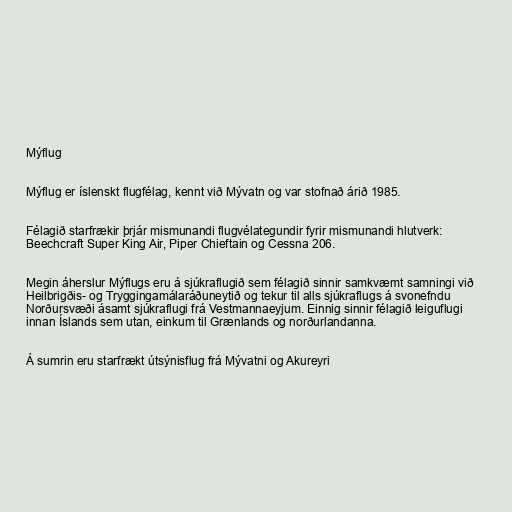
Mýflug

Mýflug er íslenskt flugfélag, kennt við Mývatn og var stofnað árið 1985.

Félagið starfrækir þrjár mismunandi flugvélategundir fyrir mismunandi hlutverk:
Beechcraft Super King Air, Piper Chieftain og Cessna 206.

Megin áherslur Mýflugs eru á sjúkraflugið sem félagið sinnir samkvæmt samningi við
Heilbrigðis- og Tryggingamálaráðuneytið og tekur til alls sjúkraflugs á svonefndu
Norðursvæði ásamt sjúkraflugi frá Vestmannaeyjum. Einnig sinnir félagið leiguflugi
innan Íslands sem utan, einkum til Grænlands og norðurlandanna.

Á sumrin eru starfrækt útsýnisflug frá Mývatni og Akureyri